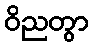
ဝိညတွာ